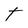
Character: T